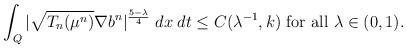
LaTeX: \begin{align*}\int_Q |\sqrt{T_n(\mu^n)}\nabla b^n|^{\frac{5-\lambda}{4}}\; dx \; dt \le C(\lambda^{-1},k) \textrm{ for all } \lambda\in (0,1).\end{align*}